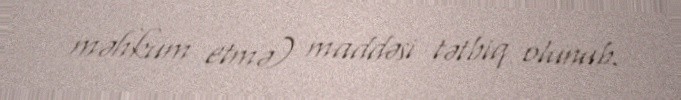
məhkum etmə) maddəsi tətbiq olunub.